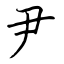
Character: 尹